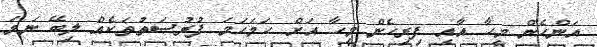
އަންހެން މީހާ އާއި ފިރިހެން މީހާ އަށް ހަމަހަމަ ފުރުސަތުތަކެއް ލިބޭ ނަމަ